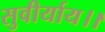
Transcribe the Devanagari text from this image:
सुवीर्याय।।